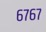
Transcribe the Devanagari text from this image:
६७६७